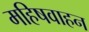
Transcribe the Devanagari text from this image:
महिषवाहन